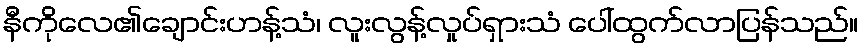
နီကိုလေ၏ချောင်းဟန့်သံ၊ လူးလွန့်လှုပ်ရှားသံ ပေါ်ထွက်လာပြန်သည်။